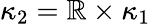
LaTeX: \kappa_{2}=\mathbb{R}\times\kappa_{1}